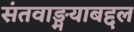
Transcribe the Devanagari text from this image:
संतवाङ्मयाबद्दल